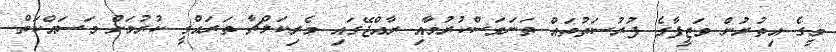
މީގެ އިތުރުން ވަޒީފާގެ ފުރުސަތުތައް ތަނަވަސްކުރުމާއި ރާއްޖޭގައި މެރިކަލްޗާ ތަރައްގީ ކުރުމަށް މަސައްކަތް